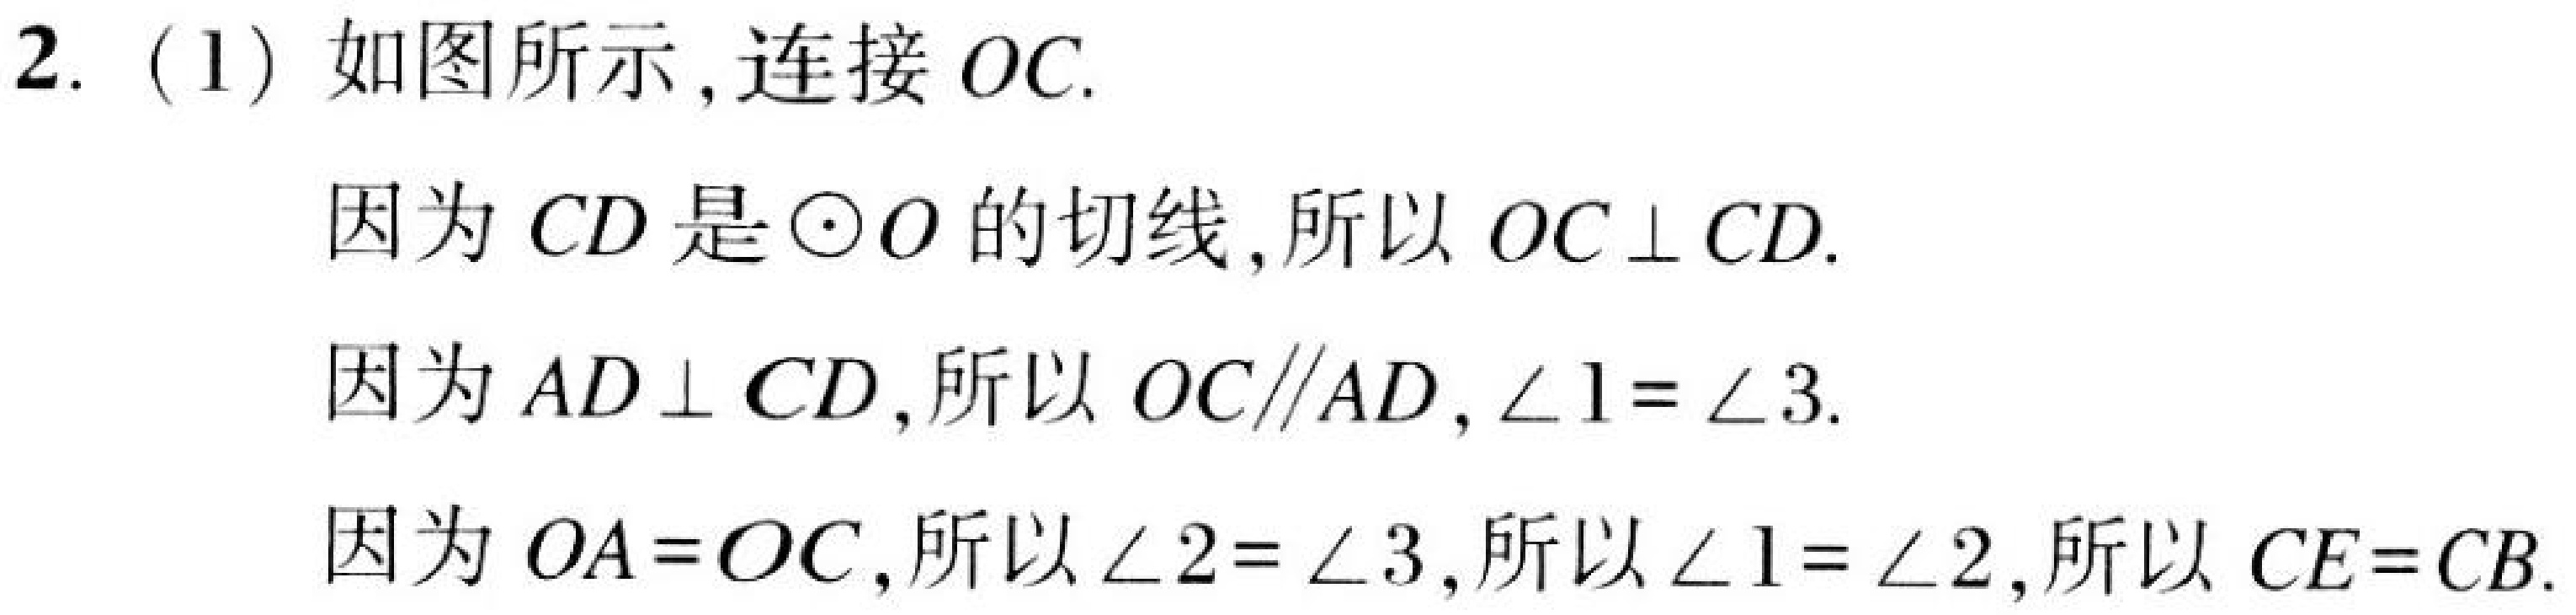
2.（1）如图所示,连接\(OC\).
因为\(CD\)是\(\odot O\)的切线,所以\(OC\perp CD\).
因为\(AD\perp CD\),所以\(OC\parallel AD,\angle1 = \angle3\).
因为\(OA = OC\),所以\(\angle2 = \angle3\),所以\(\angle1 = \angle2\),所以\(CE = CB\).